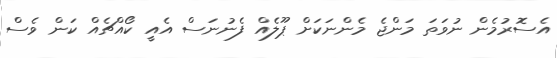
އެސޮރުމެން ނުވަތަ މަންޖެ މެންނަކަށް ޕޫލެއް ފެނުނަސް އެއީ ކޯއްޗެއް ކަން ވެސް